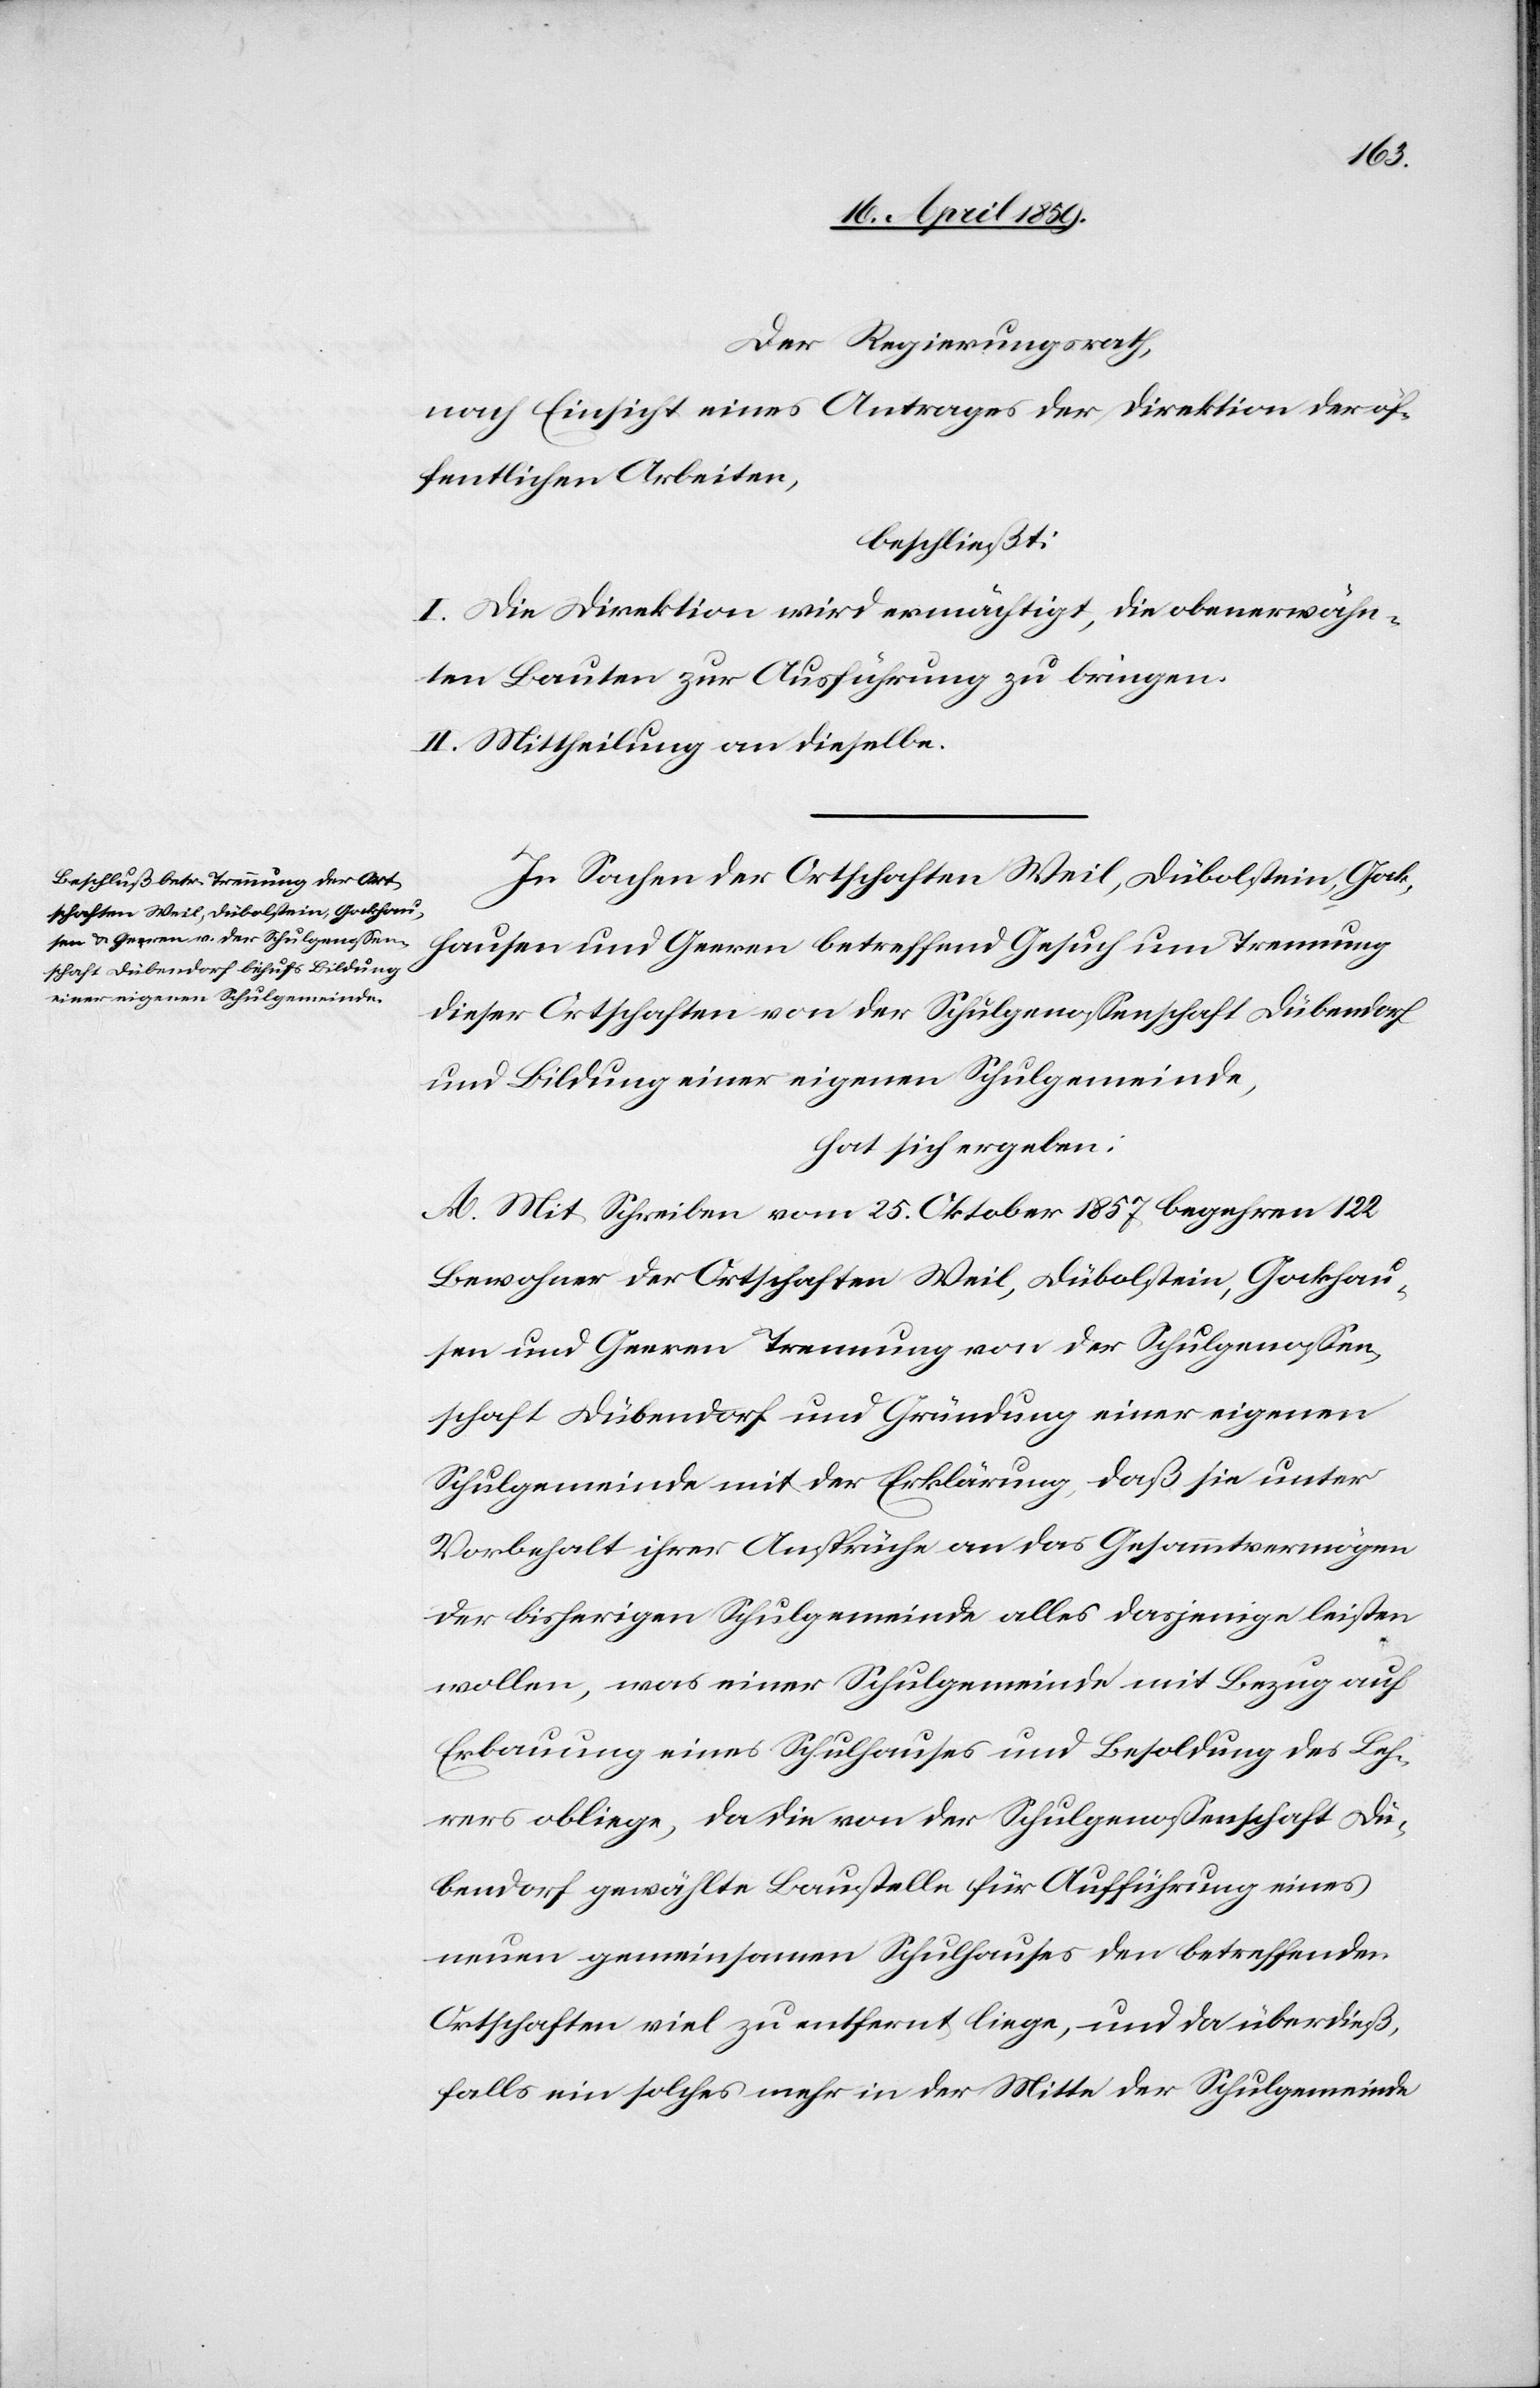
Der Regierungsrath,
nach Einsicht eines Antrages der Direktion der öf¬
fentlichen Arbeiten,
beschließt:
I. Die Direktion wird ermächtigt, die obererwähn¬
ten Bauten zur Ausführung zu bringen.
II. Mittheilung an dieselbe.
In Sachen der Ortschaften Weil, Dübolstein, Gock¬
hausen und Geeren betreffend Gesuch um Trennung
dieser Ortschaften von der Schulgenoßenschaft Dübendorf
und Bildung einer eigenen Schulgemeinde,
hat sich ergeben:
A. Mit Schreiben vom 25. Oktober 1857 begehren 122
Bewohner der Ortschaften Weil, Dübolstein, Gockhau¬
sen und Geeren Trennung von der Schulgenoßen¬
schaft Dübendorf und Gründung einer eigenen
Schulgemeinde mit der Erklärung, daß sie unter
Vorbehalt ihrer Ansprüche an das Gesammtvermögen
der bisherigen Schulgemeinde alles dasjenige leisten
wollen, was einer Schulgemeinde mit Bezug auf
Erbauung eines Schulhauses und Besoldung des Leh¬
rers obliege, da die von der Schulgenoßenschaft Dü¬
bendorf gewählte Baustelle für Aufführung eines
neuen gemeinsamen Schulhauses den betreffenden
Ortschaften viel zu entfernt liege, und da überdieß,
falls ein solches mehr in der Mitte der Schulgemeinde